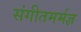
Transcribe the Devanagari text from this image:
संगीतमर्मज्ञ